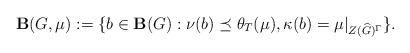
LaTeX: \begin{align*}\mathbf{B}(G, \mu) :=\{b \in \mathbf{B}(G): \nu(b) \preceq \theta_T(\mu), \kappa(b)=\mu|_{Z(\widehat{G})^{\Gamma}}\}.\end{align*}